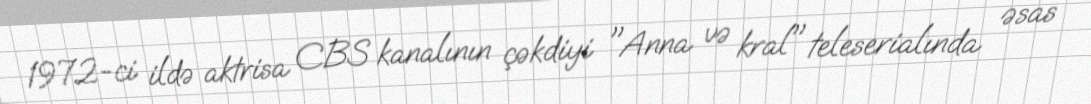
1972-ci ildə aktrisa CBS kanalının çəkdiyi "Anna və kral" teleserialında əsas